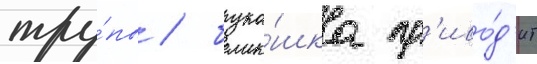
тру́пы / бука́шка пр'иво́д'ит